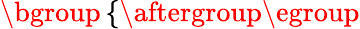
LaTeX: \begin{array}{r}{\mathopen{}\mathclose\bgroup\left\{ \begin{array}{rl}\end{array}\aftergroup\egroup\right.}\end{array}